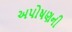
અપોષણની